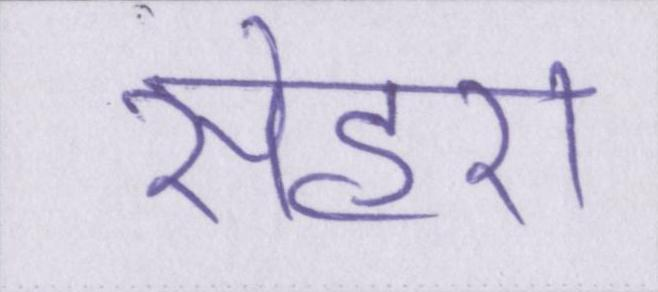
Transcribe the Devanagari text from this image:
सेहरा